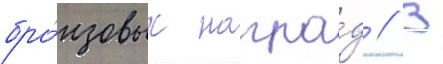
бро́нзовых награ́д // В